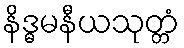
နိဒ္ဓမနီယသုတ္တံ